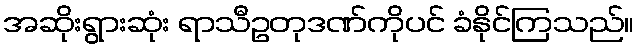
အဆိုးရွားဆုံး ရာသီဥတုဒဏ်ကိုပင် ခံနိုင်ကြသည်။